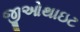
જીઓથાઇટ